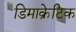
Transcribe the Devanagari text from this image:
डिमाक्रेटिक